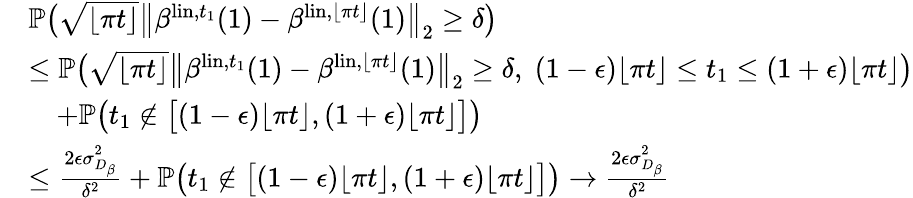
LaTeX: \begin{array}{rl}&{{\mathbb P}\big(\sqrt{\lfloor\pi t\rfloor}\big\| \beta^{\mathrm{lin},t_{1}}(1)-\beta^{\mathrm{lin},\lfloor\pi t\rfloor}(1)\big\| _{2}\geq\delta\big)}\\ &{\leq{\mathbb P}\big(\sqrt{\lfloor\pi t\rfloor}\big\| \beta^{\mathrm{lin},t_{1}}(1)-\beta^{\mathrm{lin},\lfloor\pi t\rfloor}(1)\big\| _{2}\geq\delta,\; (1-{\epsilon})\lfloor\pi t\rfloor\leq t_{1}\leq(1+{\epsilon})\lfloor\pi t\rfloor\big)}\\ &{\quad+{\mathbb P}\big(t_{1}\notin\big[(1-{\epsilon})\lfloor\pi t\rfloor,(1+{\epsilon})\lfloor\pi t\rfloor\big]\big)}\\ &{\leq\frac{2{\epsilon}\sigma_{D_{\beta}}^{2}}{\delta^{2}}+{\mathbb P}\big(t_{1}\notin\big[(1-{\epsilon})\lfloor\pi t\rfloor,(1+{\epsilon})\lfloor\pi t\rfloor\big]\big)\to\frac{2{\epsilon}\sigma_{D_{\beta}}^{2}}{\delta^{2}}}\end{array}